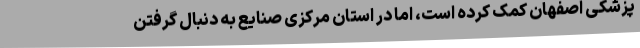
پزشکی اصفهان کمک کرده است، اما در استان مرکزی صنایع به دنبال گرفتن